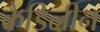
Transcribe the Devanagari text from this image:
कैडिलीन